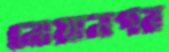
নোয়ানগর